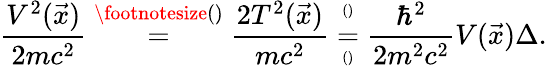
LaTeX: \frac{V^{2}(\vec{x})}{2mc^{2}}\overset{\footnotesize()}{=}\frac{2T^{2}(\vec{x})}{mc^{2}}\overset{^{()}}{\underset{^{()}}{=}}\frac{\hbar^{2}}{2m^{2}c^{2}}V(\vec{x})\Delta.